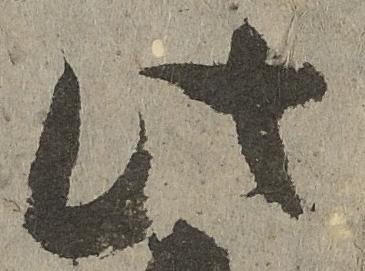
此